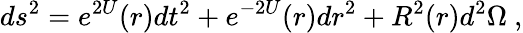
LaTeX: ds^{2}=e^{2U}(r)dt^{2}+e^{-2U}(r)dr^{2}+R^{2}(r)d^{2}\Omega\ ,